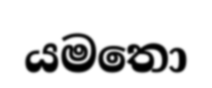
යමතො